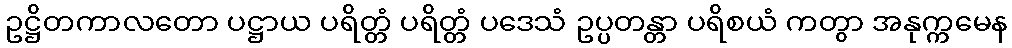
ဥဋ္ဌိတကာလတော ပဋ္ဌာယ ပရိတ္တံ ပရိတ္တံ ပဒေသံ ဥပ္ပတန္တာ ပရိစယံ ကတွာ အနုက္ကမေန